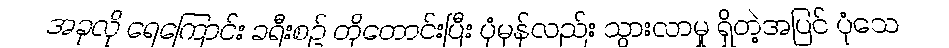
အခုလို ရေကြောင်း ခရီးစဉ် တိုတောင်းပြီး ပုံမှန်လည်း သွားလာမှု ရှိတဲ့အပြင် ပုံသေ